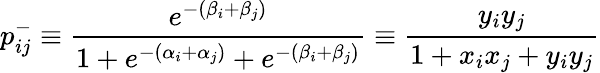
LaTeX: p_{ij}^{-}\equiv\frac{e^{-(\beta_{i}+\beta_{j})}}{1+e^{-(\alpha_{i}+\alpha_{j})}+e^{-(\beta_{i}+\beta_{j})}}\equiv\frac{y_{i}y_{j}}{1+x_{i}x_{j}+y_{i}y_{j}}